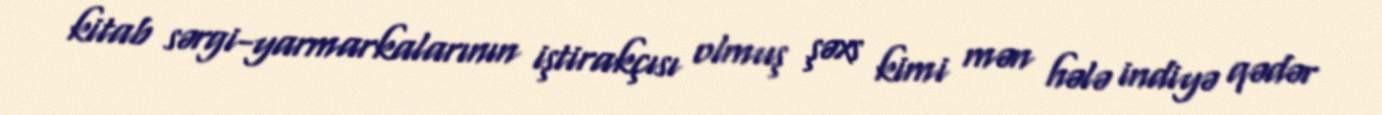
kitab sərgi-yarmarkalarının iştirakçısı olmuş şəxs kimi mən hələ indiyə qədər